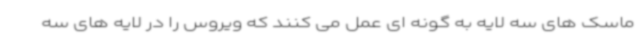
ماسک های سه لایه به گونه ای عمل می کنند که ویروس را در لایه های سه